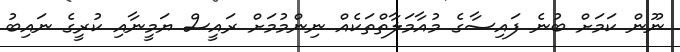
ނޫން ކަމަށް ބުނެ ފައިސާގެ މުއާމަލާތްތަކެއް ނިންމުމަށް ރައީސް ޔަމީނާއި ކުރީގެ ނައިބު